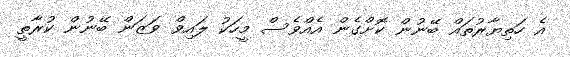
އެ ހަތިޔާރުތައް ބޭނުން ކޮށްގެން އެއްވެސް މީހަކު ލައިވް ވަޒަން ބޭނުން ކުރާތީ